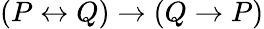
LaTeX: (P\leftrightarrow Q)\to(Q\to P)